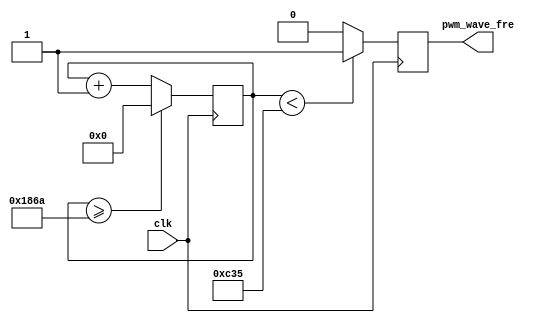
//pwm
//clk 50MHzduty50_0001ms1_000_00020ms
//0.625ms1600hzpwmpwm_wave
//frepwm
module push_pwm_fre(
    input clk,//50MHz

    output reg pwm_wave_fre
  );

  reg [19:0] count=0;
  //parameter [19:0] T=6250;//50_000_000/fre;
  parameter [19:0] T=6250;
  //assign  T=50_000_000/fre; //
  // assign  T=1280/fre;
  always @(posedge clk)
  begin
    count<=count+1;
    //if(count==19)//
		if(count>=T)//1600Hz T=0.625ms
			begin
				count<=0;
			end
		if(count<T/2)//duty50_0001ms duty=15625T=0.3125ms
			begin
				pwm_wave_fre<=1;
			end
		else
		begin
			pwm_wave_fre<=0;
		end

  end
endmodule